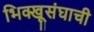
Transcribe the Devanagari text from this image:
भिक्खूसंघाची